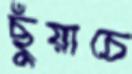
ছুঁয়াচে